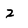
Character: 2